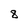
Character: 8